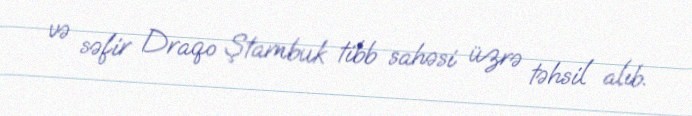
və səfir Draqo Ştambuk tibb sahəsi üzrə təhsil alıb.